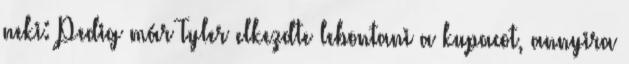
neki: Pedig már Tyler elkezdte lebontani a kupacot, annyira